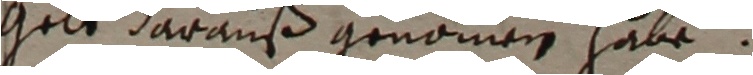
gelt darauß genommen habe.